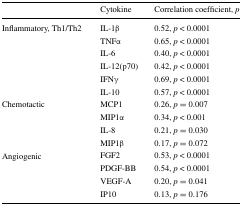
|  | Cytokine | Correlation coefficient, p |
 | --- | --- | --- |
 | <ROWSPAN=6> Inflammatory, Th1/Th2 | IL-1β | 0.52, p < 0.0001 |
 | TNFα | 0.65, p < 0.0001 |
 | IL-6 | 0.40, p < 0.0001 |
 | IL-12(p70) | 0.42, p < 0.0001 |
 | IFNγ | 0.69, p < 0.0001 |
 | IL-10 | 0.57, p < 0.0001 |
 | <ROWSPAN=4> Chemotactic | MCP1 | 0.26, p = 0.007 |
 | MIP1α | 0.34, p < 0.001 |
 | IL-8 | 0.21, p = 0.030 |
 | MIP1β | 0.17, p = 0.072 |
 | <ROWSPAN=4> Angiogenic | FGF2 | 0.53, p < 0.0001 |
 | PDGF-BB | 0.54, p < 0.0001 |
 | VEGF-A | 0.20, p = 0.041 |
 | IP10 | 0.13, p = 0.176 |